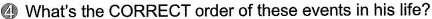
4 What's the CORRECT order of these events in his life?